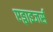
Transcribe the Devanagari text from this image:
एड्वाइजर्स